Report of the Bombay Plague Committee
Disease focus: Plague
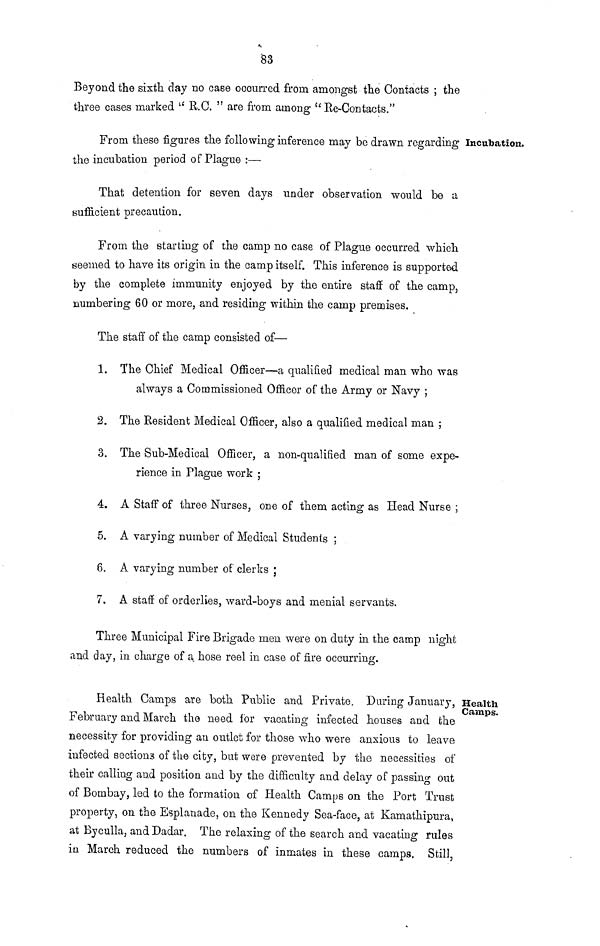
83
Beyond the sixth day no case occurred from amongst the Contacts ; the
three cases marked u R.C. " are from among " Re-Contacts."
Incubation.
From these figures the following inference may be drawn regarding
the incubation period of Plague :—
That detention for seven days under observation would be a
sufficient precaution.
From the starting of the camp no case of Plague occurred which
seemed to have its origin in the camp itself. This inference is supported
by the complete immunity enjoyed by the entire staff of the camp,
numbering 60 or more, and residing within the camp premises.
The staff of the camp consisted of—
1. The Chief Medical Officer—a qualified medical man who was
always a Commissioned Officer of the Army or Navy ;
2. The Resident Medical Officer, also a qualified medical man ;
3. The Sub-Medical Officer, a non-qualified man of some expe-
rience in Plague work ;
4. A Staff of three Nurses, one of them acting as Head Nurse ;
5. A varying number of Medical Students ;
6. A varying number of clerks ;
7. A staff of orderlies, ward-boys and menial servants.
Three Municipal Fire Brigade men were on duty in the camp night
and day, in charge of a hose reel in case of fire occurring.
Health
Camps.
Health Camps are both Public and Private. During January,
February and March the need for vacating infected houses and the
necessity for providing an outlet for those who were anxious to leave
infected sections of the city, but were prevented by the necessities of
their calling and position and by the difficulty and delay of passing out
of Bombay, led to the formation of Health Camps on the Port Trust
property, on the Esplanade, on the Kennedy Sea-face, at Kamathipura,
at Bycalla, and Dadar. The relaxing of the search and vacating rules
in March reduced the numbers of inmates in these camps. Still,